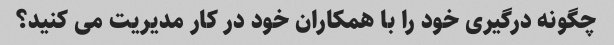
چگونه درگیری خود را با همکاران خود در کار مدیریت می کنید؟